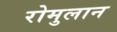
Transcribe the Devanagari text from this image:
रोमुलान